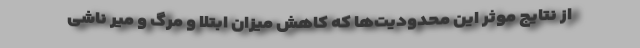
از نتایج موثر این محدودیت‌ها که کاهش میزان ابتلا و مرگ و میر ناشی